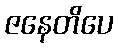
ဇနေတိပေ